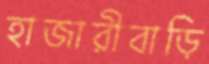
হাজারীবাড়ি